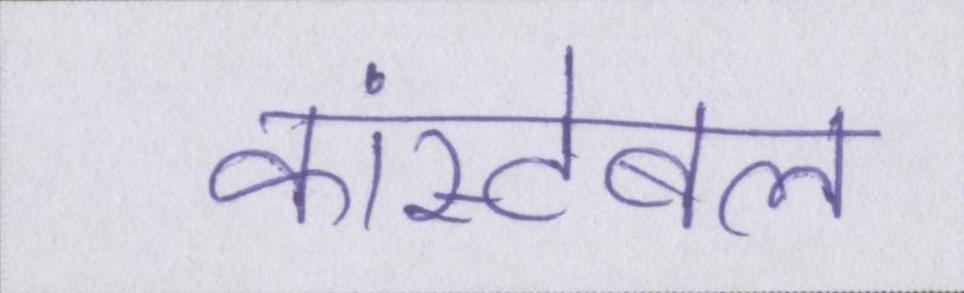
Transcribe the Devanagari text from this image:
कांस्टेबल